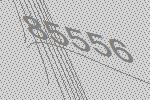
85556